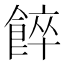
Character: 𩜘